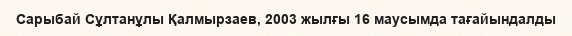
Сарыбай Сұлтанұлы Қалмырзаев, 2003 жылғы 16 маусымда тағайындалды